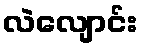
လဲလျောင်း